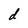
Character: d